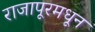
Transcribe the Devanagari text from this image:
राजापूरमधून